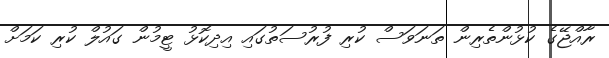
ރާއްޖޭގެ ކުޅުންތެރިން ތަނަވަސް ކުރި ފުރުސަތުގައި އިދިކޮޅު ޓީމުން ގައުލް ކުރި ކަމަށް